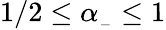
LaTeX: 1/2\le\alpha_{_-}\le 1